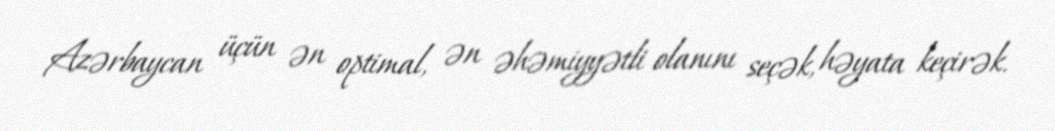
Azərbaycan üçün ən optimal, ən əhəmiyyətli olanını seçək, həyata keçirək.